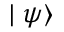
\mid \psi \rangle